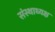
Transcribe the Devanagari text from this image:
संस्थाध्यक्ष